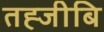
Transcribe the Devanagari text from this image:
तह्जीबि